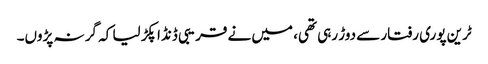
ٹرین پوری رفتار سے دوڑ رہی تھی، میں نے قریبی ڈنڈا پکڑ لیا کہ گر نہ پڑوں۔